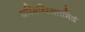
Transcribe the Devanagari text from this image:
यस्मिन्स्थितमिदं